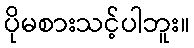
ပိုမစားသင့်ပါဘူး။